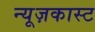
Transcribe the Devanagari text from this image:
न्यूज़कास्ट